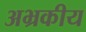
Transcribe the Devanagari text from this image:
अभ्रकीय